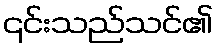
၎င်းသည်သင်၏